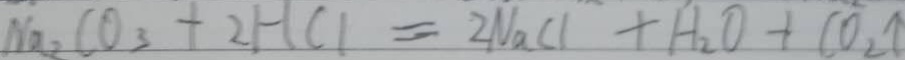
N a _ { 2 } C O _ { 3 } + 2 H C l = 2 N a C l + H _ { 2 } O + C O _ { 2 } \uparrow